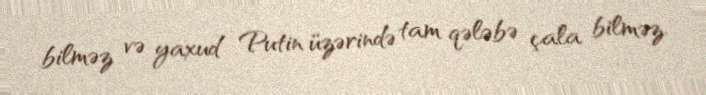
bilməz və yaxud Putin üzərində tam qələbə çala bilməz.